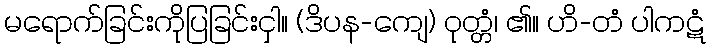
မရောက်ခြင်းကိုပြခြင်းငှါ။ (ဒိပန-ကျေ) ဝုတ္တံ၊ ၏။ ဟိ-တံ ပါကဋံ